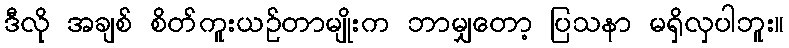
ဒီလို အချစ် စိတ်ကူးယဉ်တာမျိုးက ဘာမျှတော့ ပြသနာ မရှိလှပါဘူး။